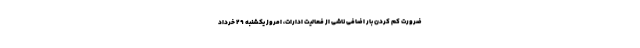
ضرورت کم کردن بار اضافی ناشی از فعالیت ادارات، امروز یکشنبه ۲۹ خرداد